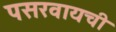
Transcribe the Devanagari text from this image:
पसरवायची